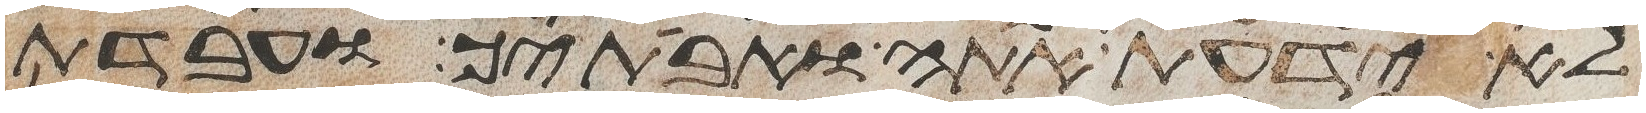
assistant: לא ידעת אתה ואבתיך ועבדת